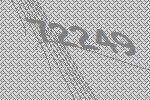
72249